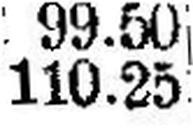
110.25